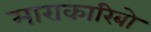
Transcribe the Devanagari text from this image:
माराकारिबो